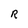
Character: R